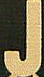
J